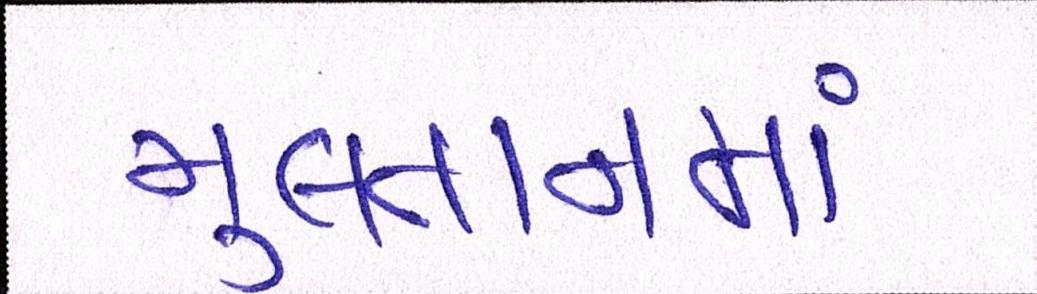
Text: મુલતાનમાં